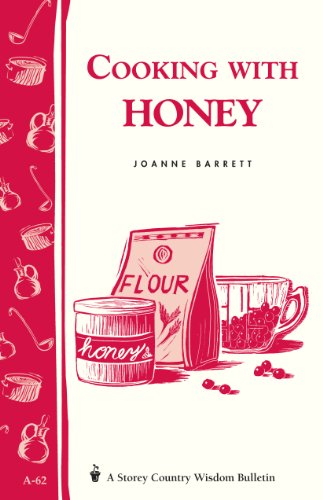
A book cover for Cooking with Honey: Storey Country Wisdom Bulletin A-62; Joanne Barrett; Cookbooks, Food & Wine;